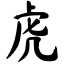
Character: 虎